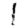
Digit: 1